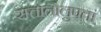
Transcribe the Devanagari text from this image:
सत्तालोलुपता